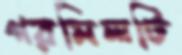
গরমিলটি